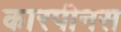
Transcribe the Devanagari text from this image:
कारपीनस